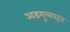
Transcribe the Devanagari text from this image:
अडगुलवरून